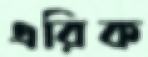
এরিক